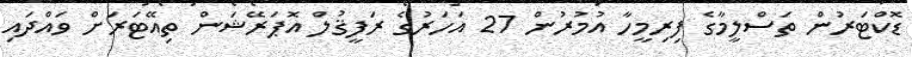
ޑޮކްޓަރުން ތަސްލީމާގެ ފިރިމީހާ އުމުރުން 27 އަހަރުގެ ރަފީޤުލް އޮޕަރޭޝަން ތިއޭޓަރަށް ވައްދައި